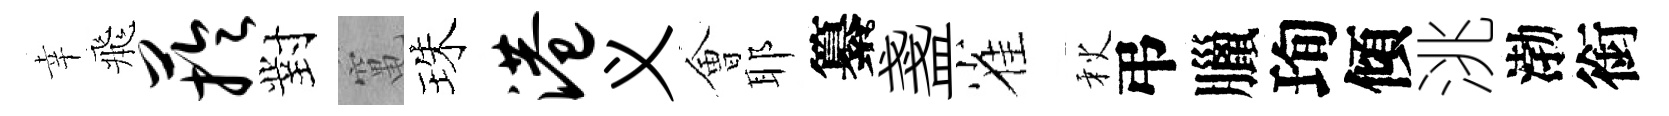
幸飛芋對𥧄珠港义㑹耶纂盞雀秋弔臘珣傾洮渤銜